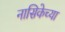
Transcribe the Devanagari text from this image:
नासिकेच्या